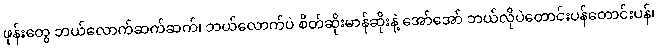
ဖုန်းတွေ ဘယ်လောက်ဆက်ဆက်၊ ဘယ်လောက်ပဲ စိတ်ဆိုးမာန်ဆိုးနဲ့ အော်အော် ဘယ်လိုပဲတောင်းပန်တောင်းပန်၊